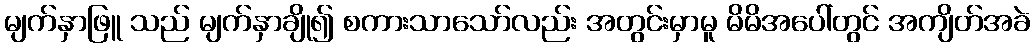
မျက်နှာဖြူ သည် မျက်နှာချို၍ စကားသာသော်လည်း အတွင်းမှာမူ မိမိအပေါ်တွင် အကျိတ်အခဲ